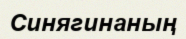
Синягинаның